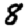
Digit: 8